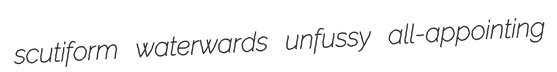
scutiform waterwards unfussy all-appointing